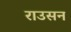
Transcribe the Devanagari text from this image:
राउसन